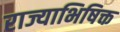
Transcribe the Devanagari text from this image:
राज्याभिषिक्त